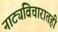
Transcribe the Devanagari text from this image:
नाट्यविचारातही